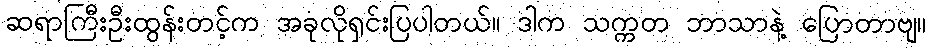
ဆရာကြီးဦးထွန်းတင့်က အခုလိုရှင်းပြပါတယ်။ ဒါက သက္ကတ ဘာသာနဲ့ ပြောတာဗျ။